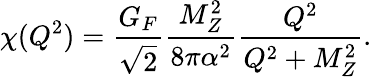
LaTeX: \chi(Q^{2})=\frac{G_{F}}{\sqrt{2}}\frac{M_{Z}^{2}}{8\pi\alpha^{2}}\frac{Q^{2}}{Q^{2}+M_{Z}^{2}}.